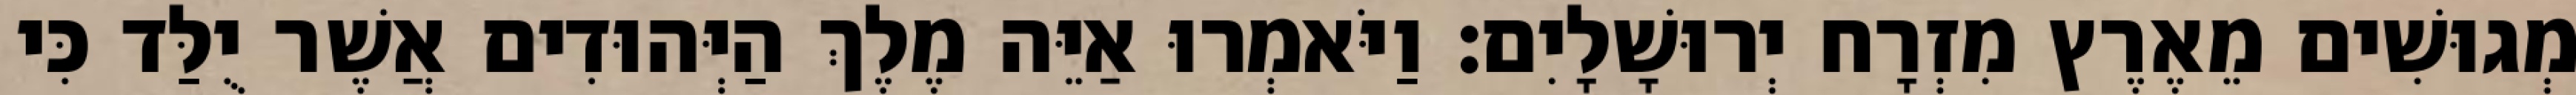
מְגוּשִׁים מֵאֶרֶץ מִזְרָח יְרוּשָׁלָיִם׃ וַיֹּאמְרוּ אַיֵּה מֶלֶךְ הַיְּהוּדִים אֲשֶׁר יֻלַּד כִּי